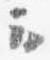
云